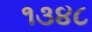
૧૩૪૮